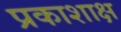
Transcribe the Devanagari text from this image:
प्रकाशाक्ष